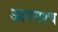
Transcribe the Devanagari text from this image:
आगमश्च